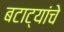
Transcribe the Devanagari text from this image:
बटाट्यांचे